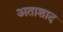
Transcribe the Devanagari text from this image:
अताशाद